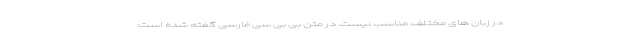
در زبان های مختلف، مناسب نیست. در متن بی بی سی فارسی گفته شده است: